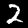
Digit: 2